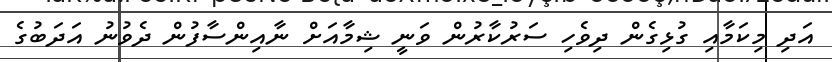
އަދި މިކަމާއި ގުޅިގެން ދިވެހި ސަރުކާރުން ވަނީ ޝިމާއަށް ނާއިންސާފުން ދެވުނު އަދަބުގެ